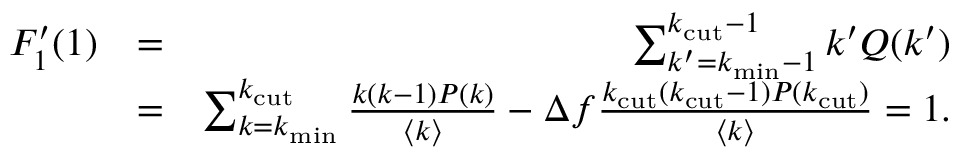
\begin{array} { r l r } { F _ { 1 } ^ { \prime } ( 1 ) } & { = } & { \sum _ { k ^ { \prime } = k _ { \mathrm { m i n } } - 1 } ^ { k _ { \mathrm { c u t } } - 1 } k ^ { \prime } Q ( k ^ { \prime } ) } \\ & { = } & { \sum _ { k = k _ { \mathrm { m i n } } } ^ { k _ { \mathrm { c u t } } } \frac { k ( k - 1 ) P ( k ) } { \langle k \rangle } - \Delta f \frac { k _ { \mathrm { c u t } } ( { k _ { \mathrm { c u t } } - 1 } ) P ( { k _ { \mathrm { c u t } } } ) } { \langle k \rangle } = 1 . } \end{array}